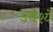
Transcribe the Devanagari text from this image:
उद्येश्ये